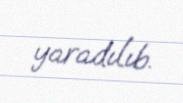
yaradılıb.